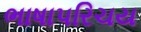
ભાષાપરિચય